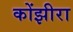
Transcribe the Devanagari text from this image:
कोंझीरा